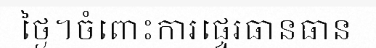
ថ្ងៃ។ចំពោះការផ្ទេរធានធាន